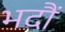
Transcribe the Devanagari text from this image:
भदौं